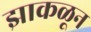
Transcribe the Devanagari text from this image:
झाकळून